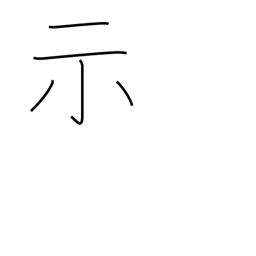
Meaning: express